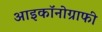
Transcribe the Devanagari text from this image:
आइकॉनोग्राफी